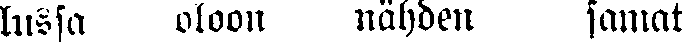
lussa oloon nähden samat